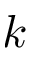
k